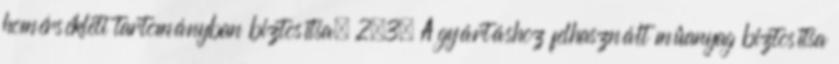
hõmérsékleti tartományban biztosítsa. 2.3. A gyártáshoz felhasznált mûanyag biztosítsa